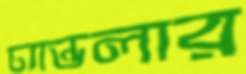
চ্যান্ডলার